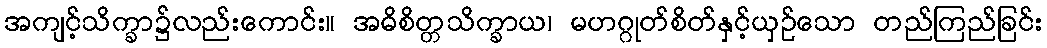
အကျင့်သိက္ခာ၌လည်းကောင်း။ အဓိစိတ္တသိက္ခာယ၊ မဟဂ္ဂုတ်စိတ်နှင့်ယှဉ်သော တည်ကြည်ခြင်း